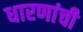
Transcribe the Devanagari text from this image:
धारणांची